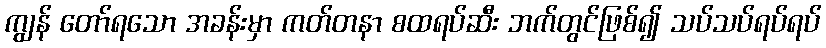
ကျွန် တော်ရသော အခန်းမှာ ကတ်တနာ စထရပ်ဆီး ဘက်တွင်ဖြစ်၍ သပ်သပ်ရပ်ရပ်